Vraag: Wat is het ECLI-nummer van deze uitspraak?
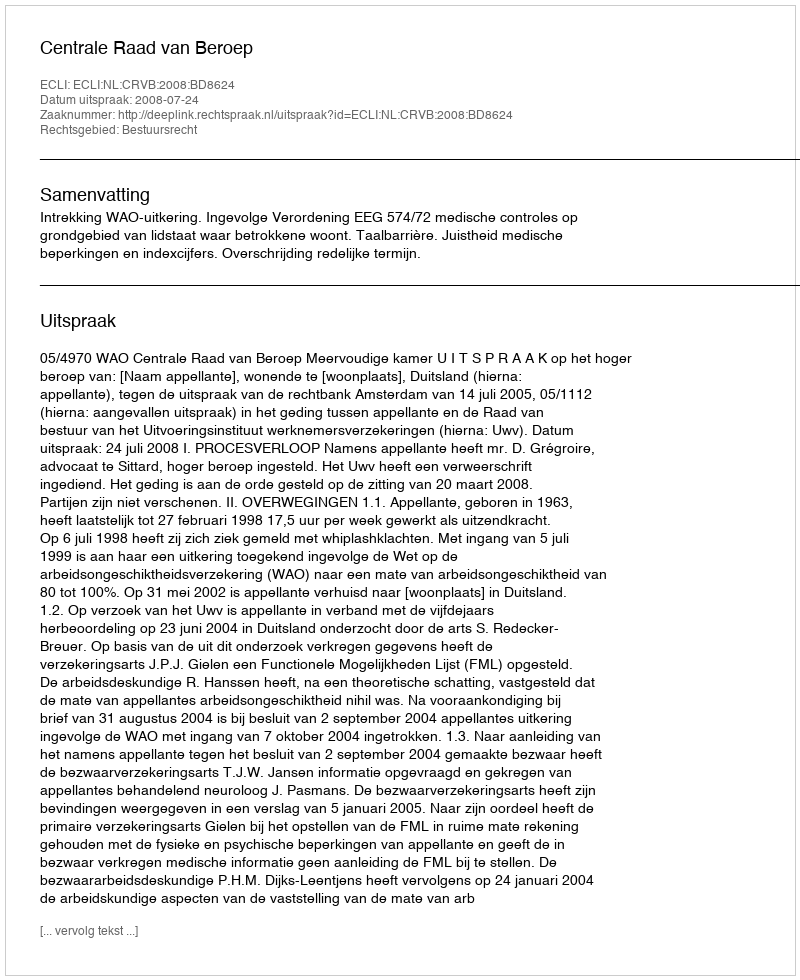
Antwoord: ECLI:NL:CRVB:2008:BD8624